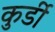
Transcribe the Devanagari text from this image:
कुर्डी